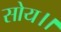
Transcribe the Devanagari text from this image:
सोय।।